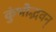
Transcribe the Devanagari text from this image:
कुंभोद्भवन्